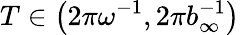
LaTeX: T\in\left(2\pi\omega^{-1},2\pi b_{\infty}^{-1}\right)